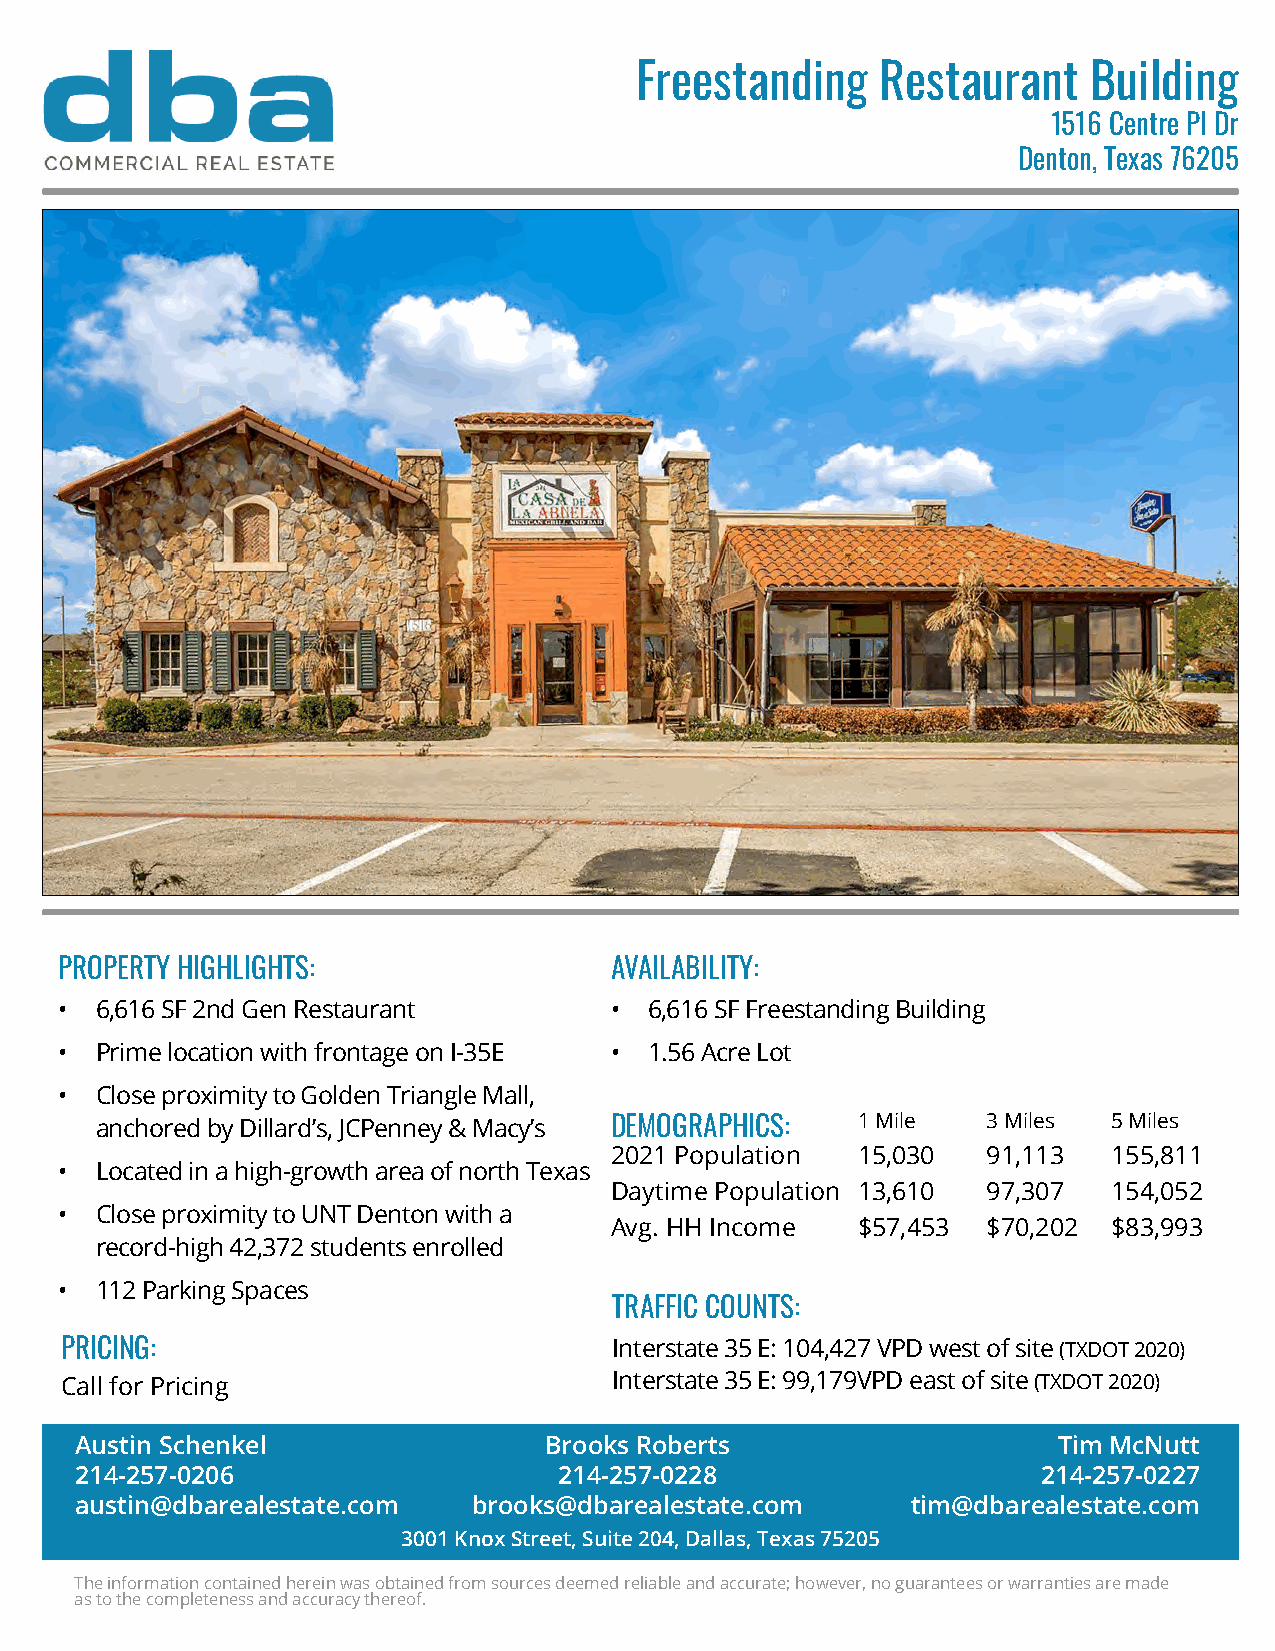
Freestanding    Restaurant    Building
 1516 Centre Pl Dr
 Denton, Texas 76205
 PROPERTY HIGHLIGHTS:                AVAILABILITY:
 • 6,616 SF 2nd Gen Restaurant       •  6,616 SF Freestanding Building
 • Prime location with frontage on I-35E • 1.56 Acre Lot
 • Close proximity to Golden Triangle Mall,
 anchored by Dillard’s, JCPenney & Macy’s DEMOGRAPHICS: 1 Mile 3 Miles 5 Miles
 2021 Population  15,030  91,113   155,811
 • Located in a high-growth area of north Texas
 Daytime Population 13,610 97,307  154,052
 • Close proximity to UNT Denton with a
 Avg. HH Income   $57,453 $70,202  $83,993
 record-high 42,372 students enrolled
 • 112 Parking Spaces
 TRAFFIC COUNTS:
 PRICING:                             Interstate 35 E: 104,427 VPD west of site (TXDOT 2020)
 Call for Pricing                     Interstate 35 E: 99,179VPD east of site (TXDOT 2020)
 Austin Schenkel                Brooks Roberts                    Tim McNutt
 214-257-0206                    214-257-0228                    214-257-0227
 austin@dbarealestate.com  brooks@dbarealestate.com     tim@dbarealestate.com
 3001 Knox Street, Suite 204, Dallas, Texas 75205
 The information contained herein was obtained from sources deemed reliable and accurate; however, no guarantees or warranties are made
 as to the completeness and accuracy thereof.